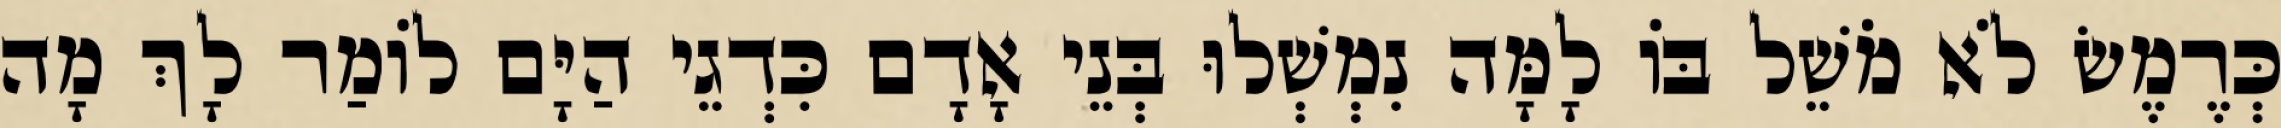
כְּרֶמֶשׂ לֹא מֹשֵׁל בּוֹ לָמָּה נִמְשְׁלוּ בְּנֵי אָדָם כִּדְגֵי הַיָּם לוֹמַר לָךְ מָה